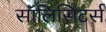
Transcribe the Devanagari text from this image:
सॉलिसिटर्स